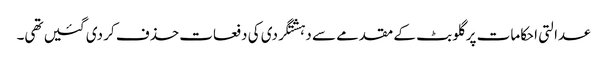
عدالتی احکامات پر گلو بٹ کے مقدمے سے دہشتگردی کی دفعات حذف کر دی گئیں تھی۔